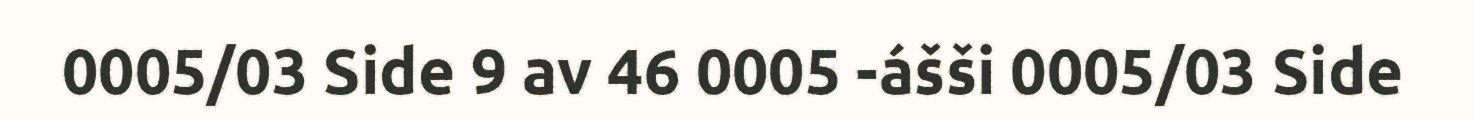
0005/03 Side 9 av 46 0005 -ášši 0005/03 Side